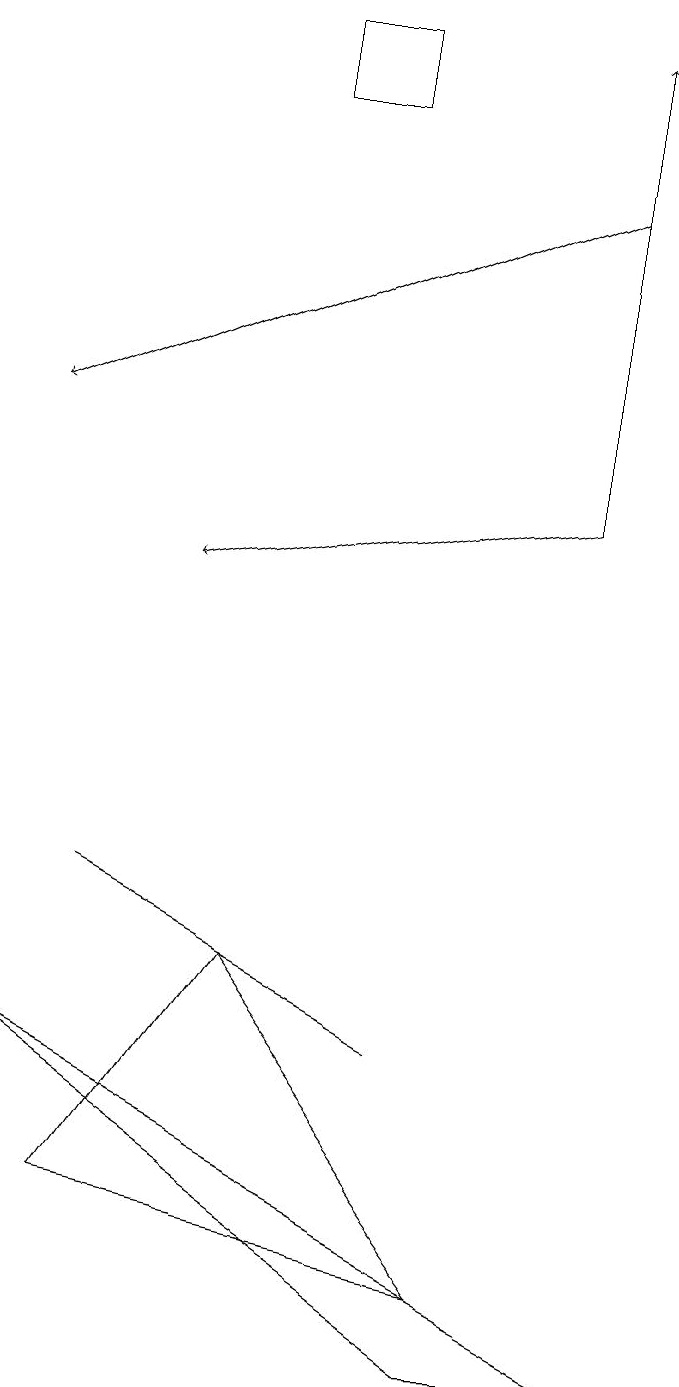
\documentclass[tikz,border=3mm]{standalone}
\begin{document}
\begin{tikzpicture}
\draw[->] (7,15) -- (0,12);
\draw (1,6) -- (5,4) -- (1,6) -- cycle;
\draw[->] (7,11) -- (7,17);
\draw (6,0) -- (8,0) -- (0,4) -- cycle;
\draw[->] (7,11) -- (2,10);
\draw (1,2) -- (6,1) -- (3,5) -- cycle;
\draw (3,17) rectangle (4,16);
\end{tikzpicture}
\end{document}